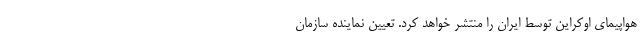
هواپیمای اوکراین توسط ایران را منتشر خواهد کرد. تعیین نماینده‌ سازمان